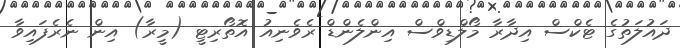
ދައުލަތުގެ ޓެކްސް އިދާރާ މޯލްޑިވްސް އިންލެންޑް ރެވެނިއު އޮތޯރިޓީ (މީރާ) އިން ނެރެފައިވާ